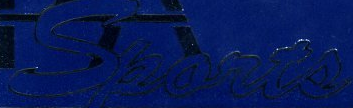
Sponte